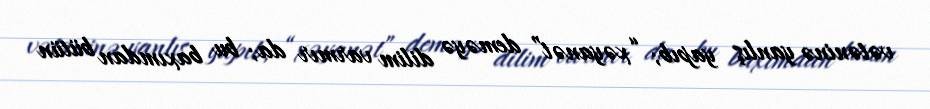
vətəninə yanlış yapıb; “xəyanət” deməyə dilim varmır da; bu baxımdan bütün